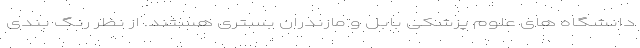
دانشگاه های علوم پزشکی بابل و مازندران بستری هستند. از نظر رنگ بندی